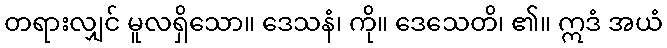
တရားလျှင် မူလရှိသော။ ဒေသနံ၊ ကို။ ဒေသေတိ၊ ၏။ ဣဒံ အယံ